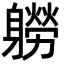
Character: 軂